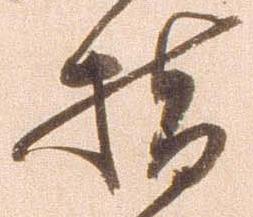
指